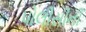
પોલીસીની